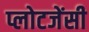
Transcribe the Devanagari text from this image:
प्लोटजेंसी